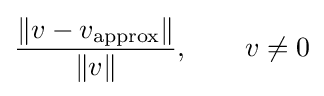
{\frac {\|v-v_{\text{approx}}\|}{\|v\|}},\qquad v\neq 0